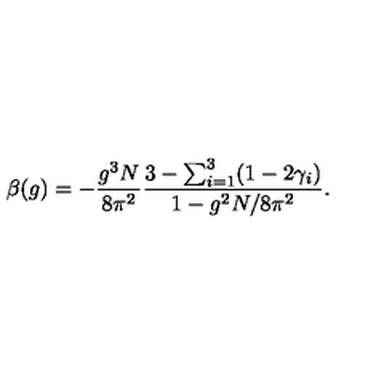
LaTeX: \beta ( g ) = - \frac { g ^ { 3 } N } { 8 \pi ^ { 2 } } \frac { 3 - \sum _ { i = 1 } ^ { 3 } ( 1 - 2 \gamma _ { i } ) } { 1 - g ^ { 2 } N / 8 \pi ^ { 2 } } .